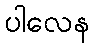
ပါလေန